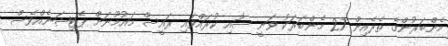
މެންބަރުންގެ ތެރެއިން 27 މެންބަރަކު ވަނީ ސޮއި ކުރައްވައި ރައީސް މައުމޫނަށް ޕެޓިޝަނެއްވެސް